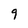
Character: 9